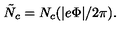
\tilde { N } _ { c } = N _ { c } ( | e \Phi | / 2 \pi ) .